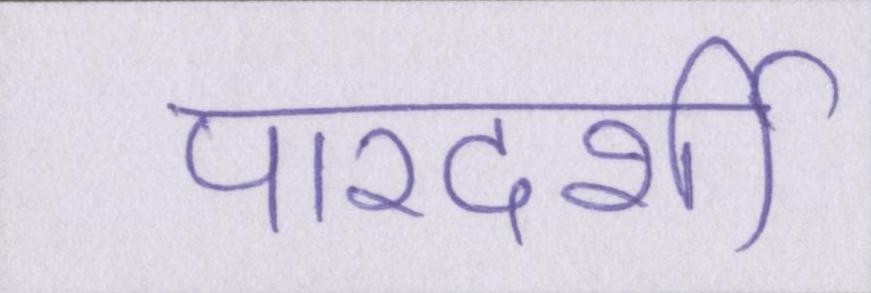
पारदर्शी